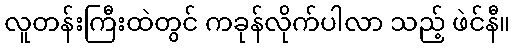
လူတန်းကြီးထဲတွင် ကခုန်လိုက်ပါလာ သည့် ဖဲင်နီ။